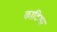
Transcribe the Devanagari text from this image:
काटिमा